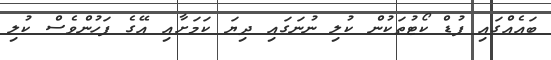
ބައެއްގައި ފުޑް ކޯޓުތަކުން ކުލި ނުނަގައި ދިޔަ ކަމަށާއި އޭގެ ފަހުންވެސް ކުލި